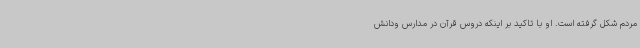
مردم شکل گرفته است. او با تاکید بر اینکه دروس قرآن در مدارس ودانش